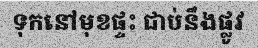
ទុកនៅមុខផ្ទះ ជាប់នឹងផ្លូវ